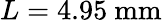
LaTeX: L=4.95~\mathrm{mm}